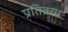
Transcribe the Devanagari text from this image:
प्रतिक्र्या